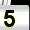
Digit: 5